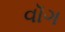
વૉગ